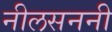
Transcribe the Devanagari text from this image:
नीलसननी